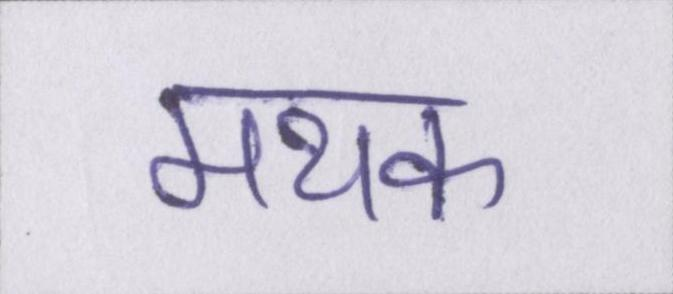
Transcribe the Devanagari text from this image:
मथक